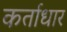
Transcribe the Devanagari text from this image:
कर्ताधार